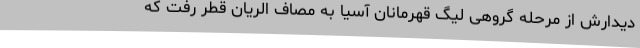
دیدارش از مرحله گروهی لیگ قهرمانان آسیا به مصاف الریان قطر رفت که